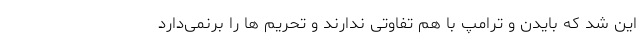
این شد که بایدن و ترامپ با هم تفاوتی ندارند و تحریم ها را برنمی‌دارد